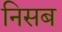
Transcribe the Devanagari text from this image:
निसब